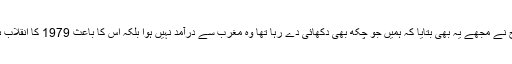
فرح نے مجھے یہ بھی بتایا کہ ہمیں جو چکھ بھی دکھائی دے رہا تھا وہ مغرب سے درآمد نہیں ہوا بلکہ اس کا باعث 1979 کا انقلاب ہے۔